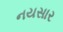
નયસાર